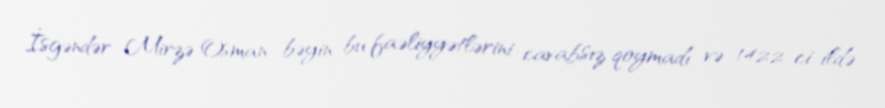
İsgəndər Mirzə Osman bəyin bu faəliyyətlərini cavabsız qoymadı və 1422-ci ildə